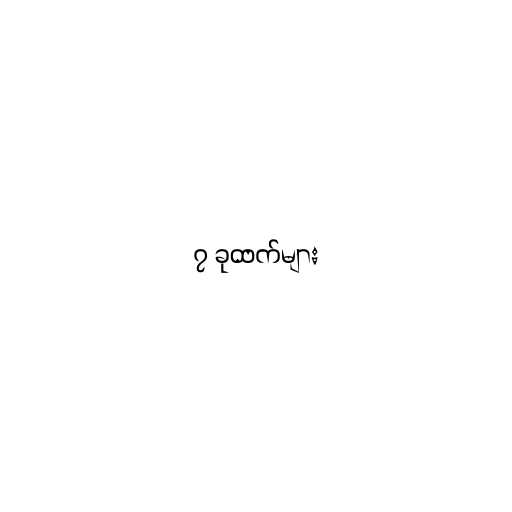
၇ ခုထက်များ